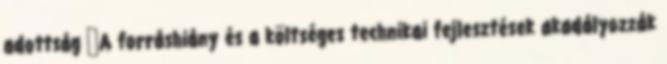
adottság ▪A forráshiány és a költséges technikai fejlesztések akadályozzák